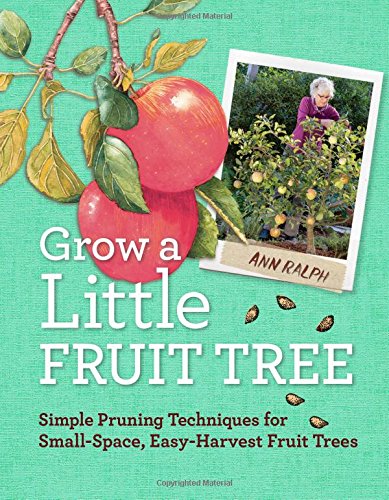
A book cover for Grow a Little Fruit Tree: Simple Pruning Techniques for Small-Space, Easy-Harvest Fruit Trees; Ann Ralph; Crafts, Hobbies & Home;